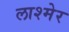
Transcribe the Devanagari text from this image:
लाश्मेर